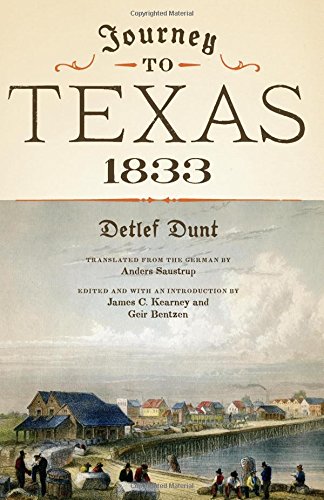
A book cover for Journey to Texas, 1833; Detlef Dunt; History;